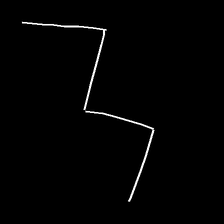
Glyph: crush